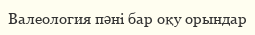
Валеология пәні бар оқу орындар